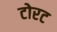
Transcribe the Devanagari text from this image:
टोरट